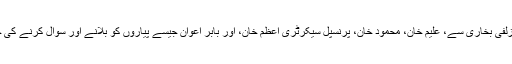
‘‘ کیونکہ ’’نیب زلفی بخاری سے، علیم خان، محمود خان، پرنسپل سیکرٹری اعظم خان، اور بابر اعوان جیسے پیاروں کو بلانے اور سوال کرنے کی جرأت کر بیٹھا‘‘۔